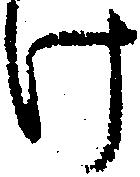
け